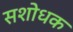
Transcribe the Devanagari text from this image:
सशोधक